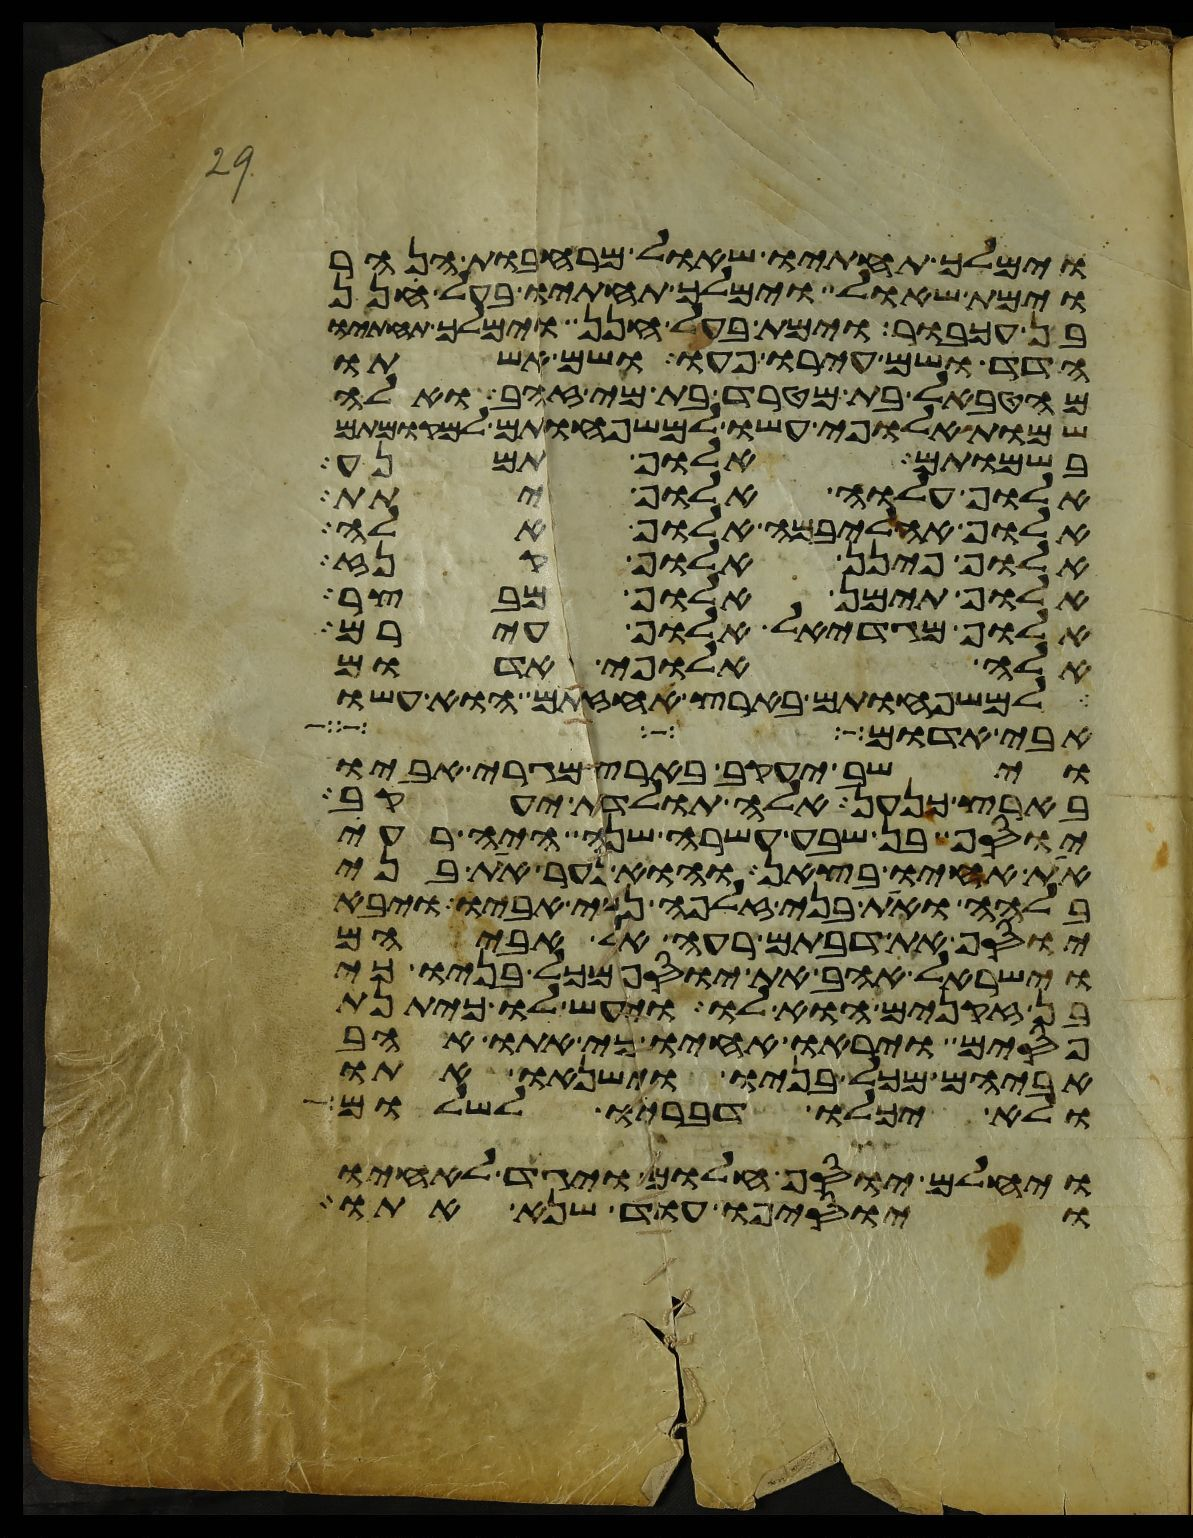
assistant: וימלך תחתיו שאול מרחבות הנהר
וימת שאול וימלך תחתיו בעל חנן
בן עכבור וימת בעל חנן וימלך תחתיו
הדד ושם עירו פעו ושם אשתו
מהטבאל בת מטרד בת מי זהב ואלה
שמות אלופי עשו למשפחותם למקומותם
בשמותם אלוף תמנע
אלוף עלוה אלוף יתת
אלוף אהליבמה אלוף אלה
אלוף פינן אלוף קנז
אלוף תימן אלוף מבצר
אלוף מגדאל אלוף עירם
אלה אלופי אדום
למשפחותם בארץ אחזתם הוא עשו
אבי אדום
וישב יעקב בארץ מגרי אביו
בארץ כנען אלה תולדת יעקב
יוסף בן שבע עשרה שנה היה רעה
את אחיו בצאן והוא נער את בני
בלהה ואת בני זלפה נשי אביו ויבא
יוסף את דבתם רעה אל אביהם
וישראל אהב את יוסף מכל בניו כי
בן זקנים הוא לו ויעש לו כיתנת
פסים ויראו אחיו כי אתו אהב
אביהם מכל בניו וישנאו אתו
ולא יכלו דבריו לשלום
ויחלם יוסף חלום ויגד לאחיו
ויוסיפו עוד שנא אתו